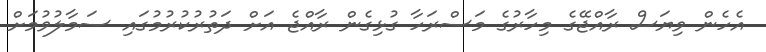
އެހެން ވިޔަސް ރާއްޖޭގެ މިހާރުގެ މަސްރަހާ ގުޅިގެން ރާއްޖެ އަށް ދަތުރުކުރުމުގައި ސަމާލުވުމަށް